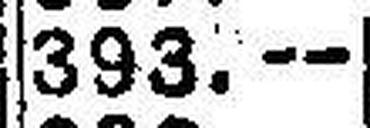
393.—